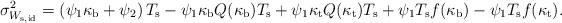
LaTeX: \begin{align*}\sigma_{W_{\rm s, id}}^2=\left(\psi_{1}\kappa_{\rm b}+\psi_{2}\right)T_{\rm s}-\psi_{1}\kappa_{\rm b}Q(\kappa_{\rm b})T_{\rm s}+\psi_{1}\kappa_{\rm t}Q(\kappa_{\rm t})T_{\rm s}+\psi_{1}T_{\rm s}f(\kappa_{\rm b})-\psi_{1}T_{\rm s}f(\kappa_{\rm t}). \end{align*}